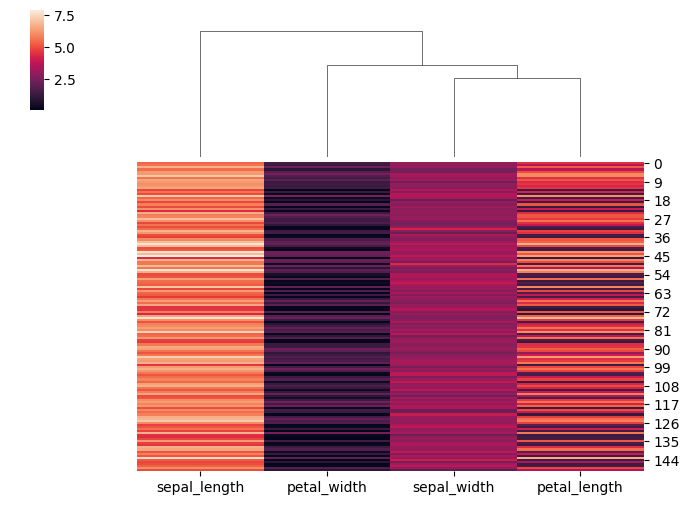
python, seaborn, clustermap, figsize=(7, 5), row_cluster=False, dendrogram_ratio=(0.2, 0.3), cbar_pos=(0.05, 0.8, 0.02, 0.2)